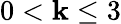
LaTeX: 0<\mathbf{k}\leq3